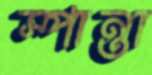
স্পান্তা